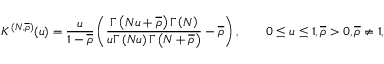
K ^ { ( N , \overline { { \rho } } ) } ( u ) = \frac { u } { 1 - \overline { { \rho } } } \left( \frac { \Gamma \left( N u + \overline { { \rho } } \right) \Gamma \left( N \right) } { u \Gamma \left( N u \right) \Gamma \left( N + \overline { { \rho } } \right) } - \overline { { \rho } } \right) , \qquad 0 \le u \le 1 , \overline { { \rho } } > 0 , \overline { { \rho } } \neq 1 ,